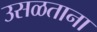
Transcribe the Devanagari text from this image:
उसळताना